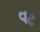
વઢ